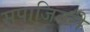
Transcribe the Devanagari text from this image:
सपाजिटरी